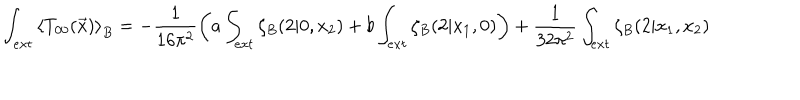
\int _ { e x t } \left< T _ { 0 0 } ( \vec { x } ) \right> _ { B } = - \frac 1 { 1 6 \pi ^ { 2 } } \left( a \int _ { e x t } \zeta _ { B } ( 2 | 0 , x _ { 2 } ) + b \int _ { e x t } \zeta _ { B } ( 2 | x _ { 1 } , 0 ) \right) + \frac 1 { 3 2 \pi ^ { 2 } } \int _ { e x t } \zeta _ { B } ( 2 | x _ { 1 } , x _ { 2 } )